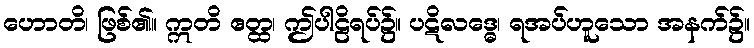
ဟောတိ၊ ဖြစ်၏။ ဣတိ ဧတ္ထ၊ ဤပါဠိရပ်၌။ ပဋိလဒ္ဓေ၊ ရအပ်ဟူသော အနက်၌။